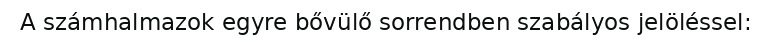
A számhalmazok egyre bővülő sorrendben szabályos jelöléssel: